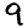
Digit: 9